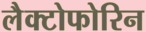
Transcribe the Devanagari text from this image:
लैक्टोफोरिन